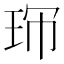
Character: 𤤚